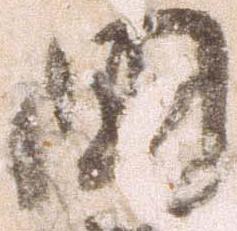
国